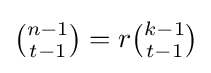
{\tbinom {n-1}{t-1}}=r{\tbinom {k-1}{t-1}}